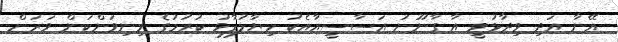
އޭނާ އަދި ވިދާޅުވީ އާ ގާނޫނު އަސާސީއާއެކު ހިޔާލުފާޅު ކުރުމުގެ މިނިވަންކަން ވަރަށް